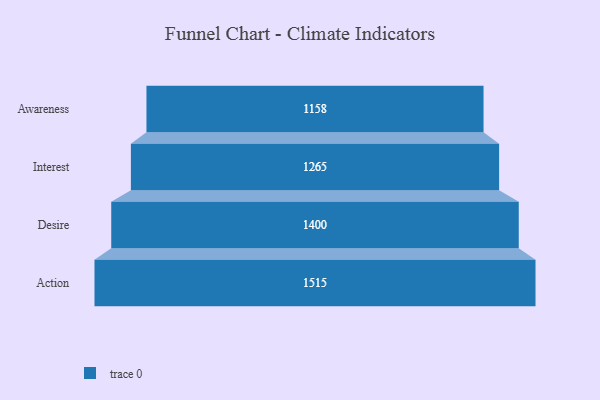
{"axis": {"x": "Stage", "y": "Value"}, "legend": [""], "data": [{"x": "Awareness", "y": 1158.0, "type": ""}, {"x": "Interest", "y": 1265.0, "type": ""}, {"x": "Desire", "y": 1400.0, "type": ""}, {"x": "Action", "y": 1515.0, "type": ""}]}